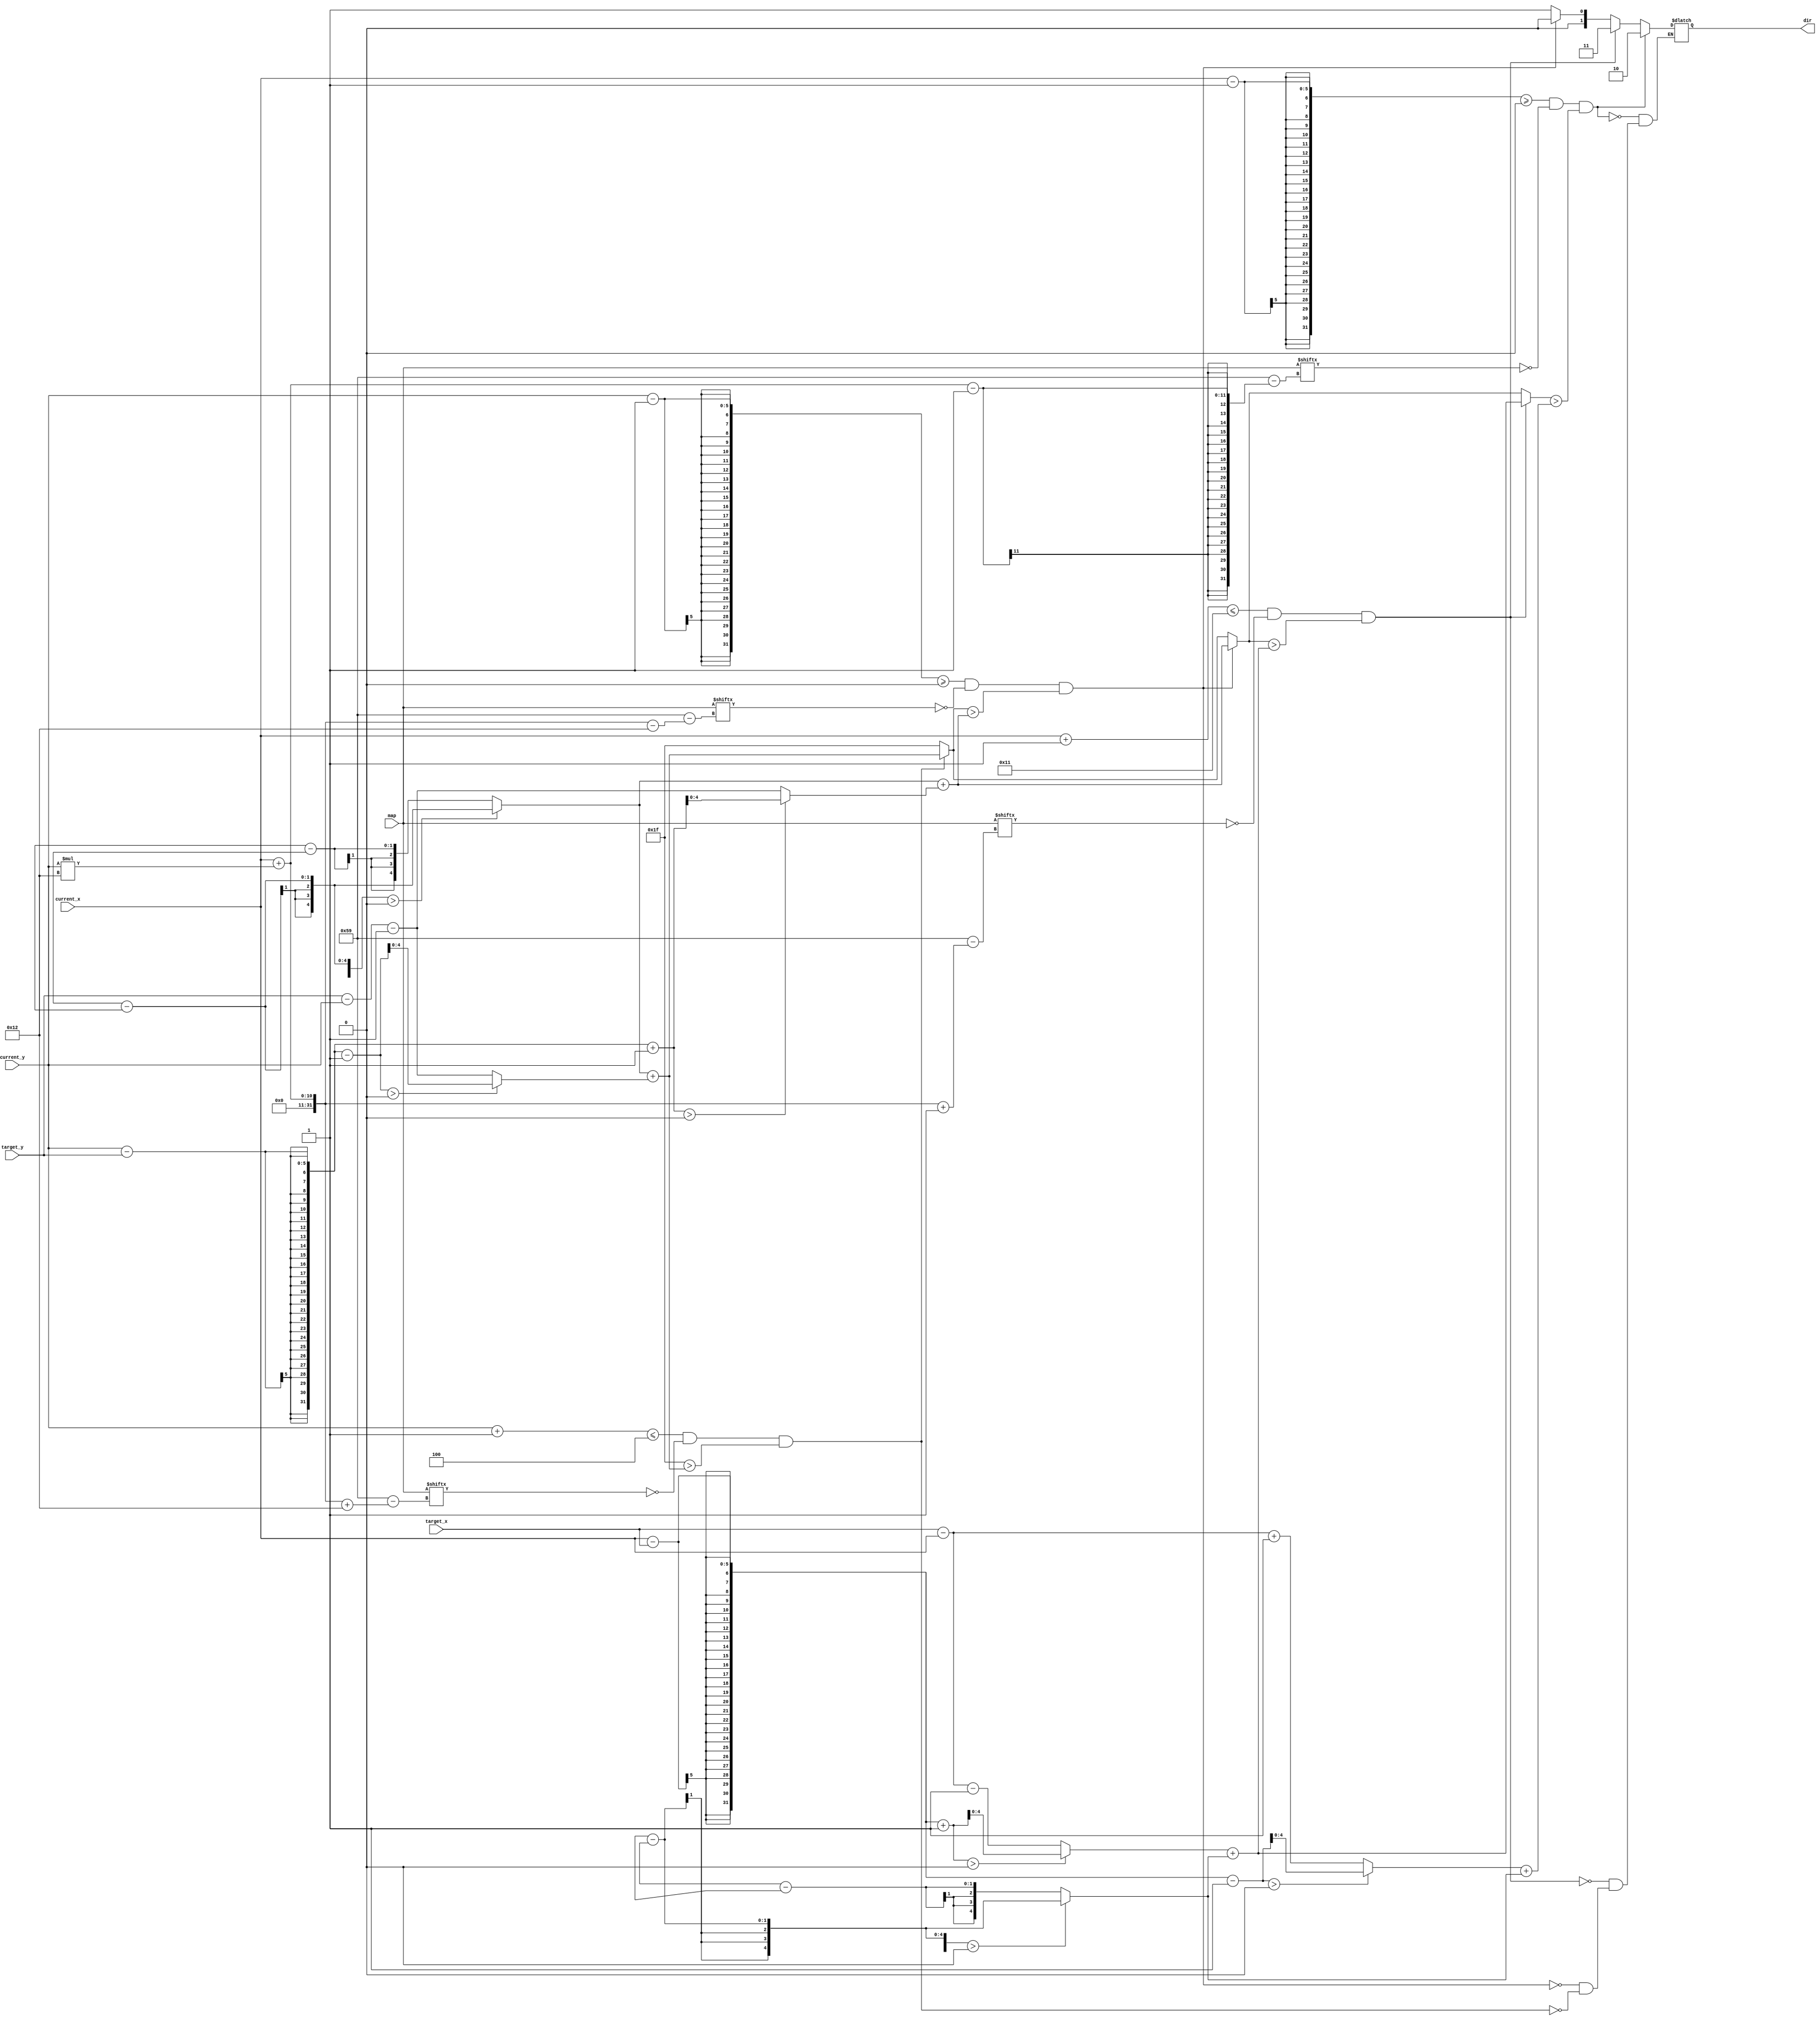
module shortest_path(
    input [0:89] map,
    input [4:0] current_x,
    input [4:0] current_y,
    input [4:0] target_x,
    input [4:0] target_y,
    output reg [1:0] dir
    );

    parameter up = 2'b00;
    parameter down = 2'b01;
    parameter left = 2'b10;
    parameter right = 2'b11;

    wire [4:0] abs_x_dis = (blinky_x - pac_x) > 0 ? (blinky_x - pac_x) : (pac_x - blinky_x);
    wire [4:0] abs_y_dis = (blinky_y - pac_y) > 0 ? (blinky_y - pac_y) : (pac_y - blinky_y);
    wire [4:0] abs_x_dis_right = (current_x - target_x + 1) > 0 ? (current_x - target_x + 1) : (target_x - current_x - 1);
    wire [4:0] abs_x_dis_left = (current_x - target_x - 1) > 0 ? (current_x - target_x - 1) : (target_x - current_x + 1);
    wire [4:0] abs_y_dis_up = (current_y - target_y + 1) > 0 ? (current_y - target_y + 1) : (target_y - current_y - 1);
    wire [4:0] abs_y_dis_down = (current_y - target_y - 1) > 0 ? (current_y - target_y - 1) : (target_y - current_y - 1);

    reg [4:0] min_dist;

    // find the direction which have the shortest distance between blinky and pacman
    always@(*) begin
        min_dist = 5'b11111;
        // down
        if(current_y + 1 <= 5'd4 && map[current_x + current_y * 18 + 18] != 1 && min_dist > abs_x_dis + abs_y_dis_down) begin
            min_dist = abs_x_dis + abs_y_dis_down;
            dir = down;
        end
        // up
        if(current_y - 1 >= 5'd0 && map[current_x + current_y * 18 - 18] != 1 && min_dist > abs_x_dis + abs_y_dis_up) begin
            min_dist = abs_x_dis + abs_y_dis_up;
            dir = up;
        end
        // right
        if(current_x + 1 <= 5'd17 && map[current_x + current_y * 18 + 1] != 1 && min_dist > abs_x_dis_right + abs_y_dis) begin
            min_dist = abs_x_dis_right + abs_y_dis;
            dir = right;
        end
        // left
        if(current_x - 1 >= 5'd0 && map[current_x + current_y * 18 - 1] != 1 && min_dist > abs_x_dis_left + abs_y_dis) begin
            min_dist = abs_x_dis_left + abs_y_dis;
            dir = left;
        end
        
    end
endmodule